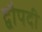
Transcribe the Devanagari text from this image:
द्वौपदी